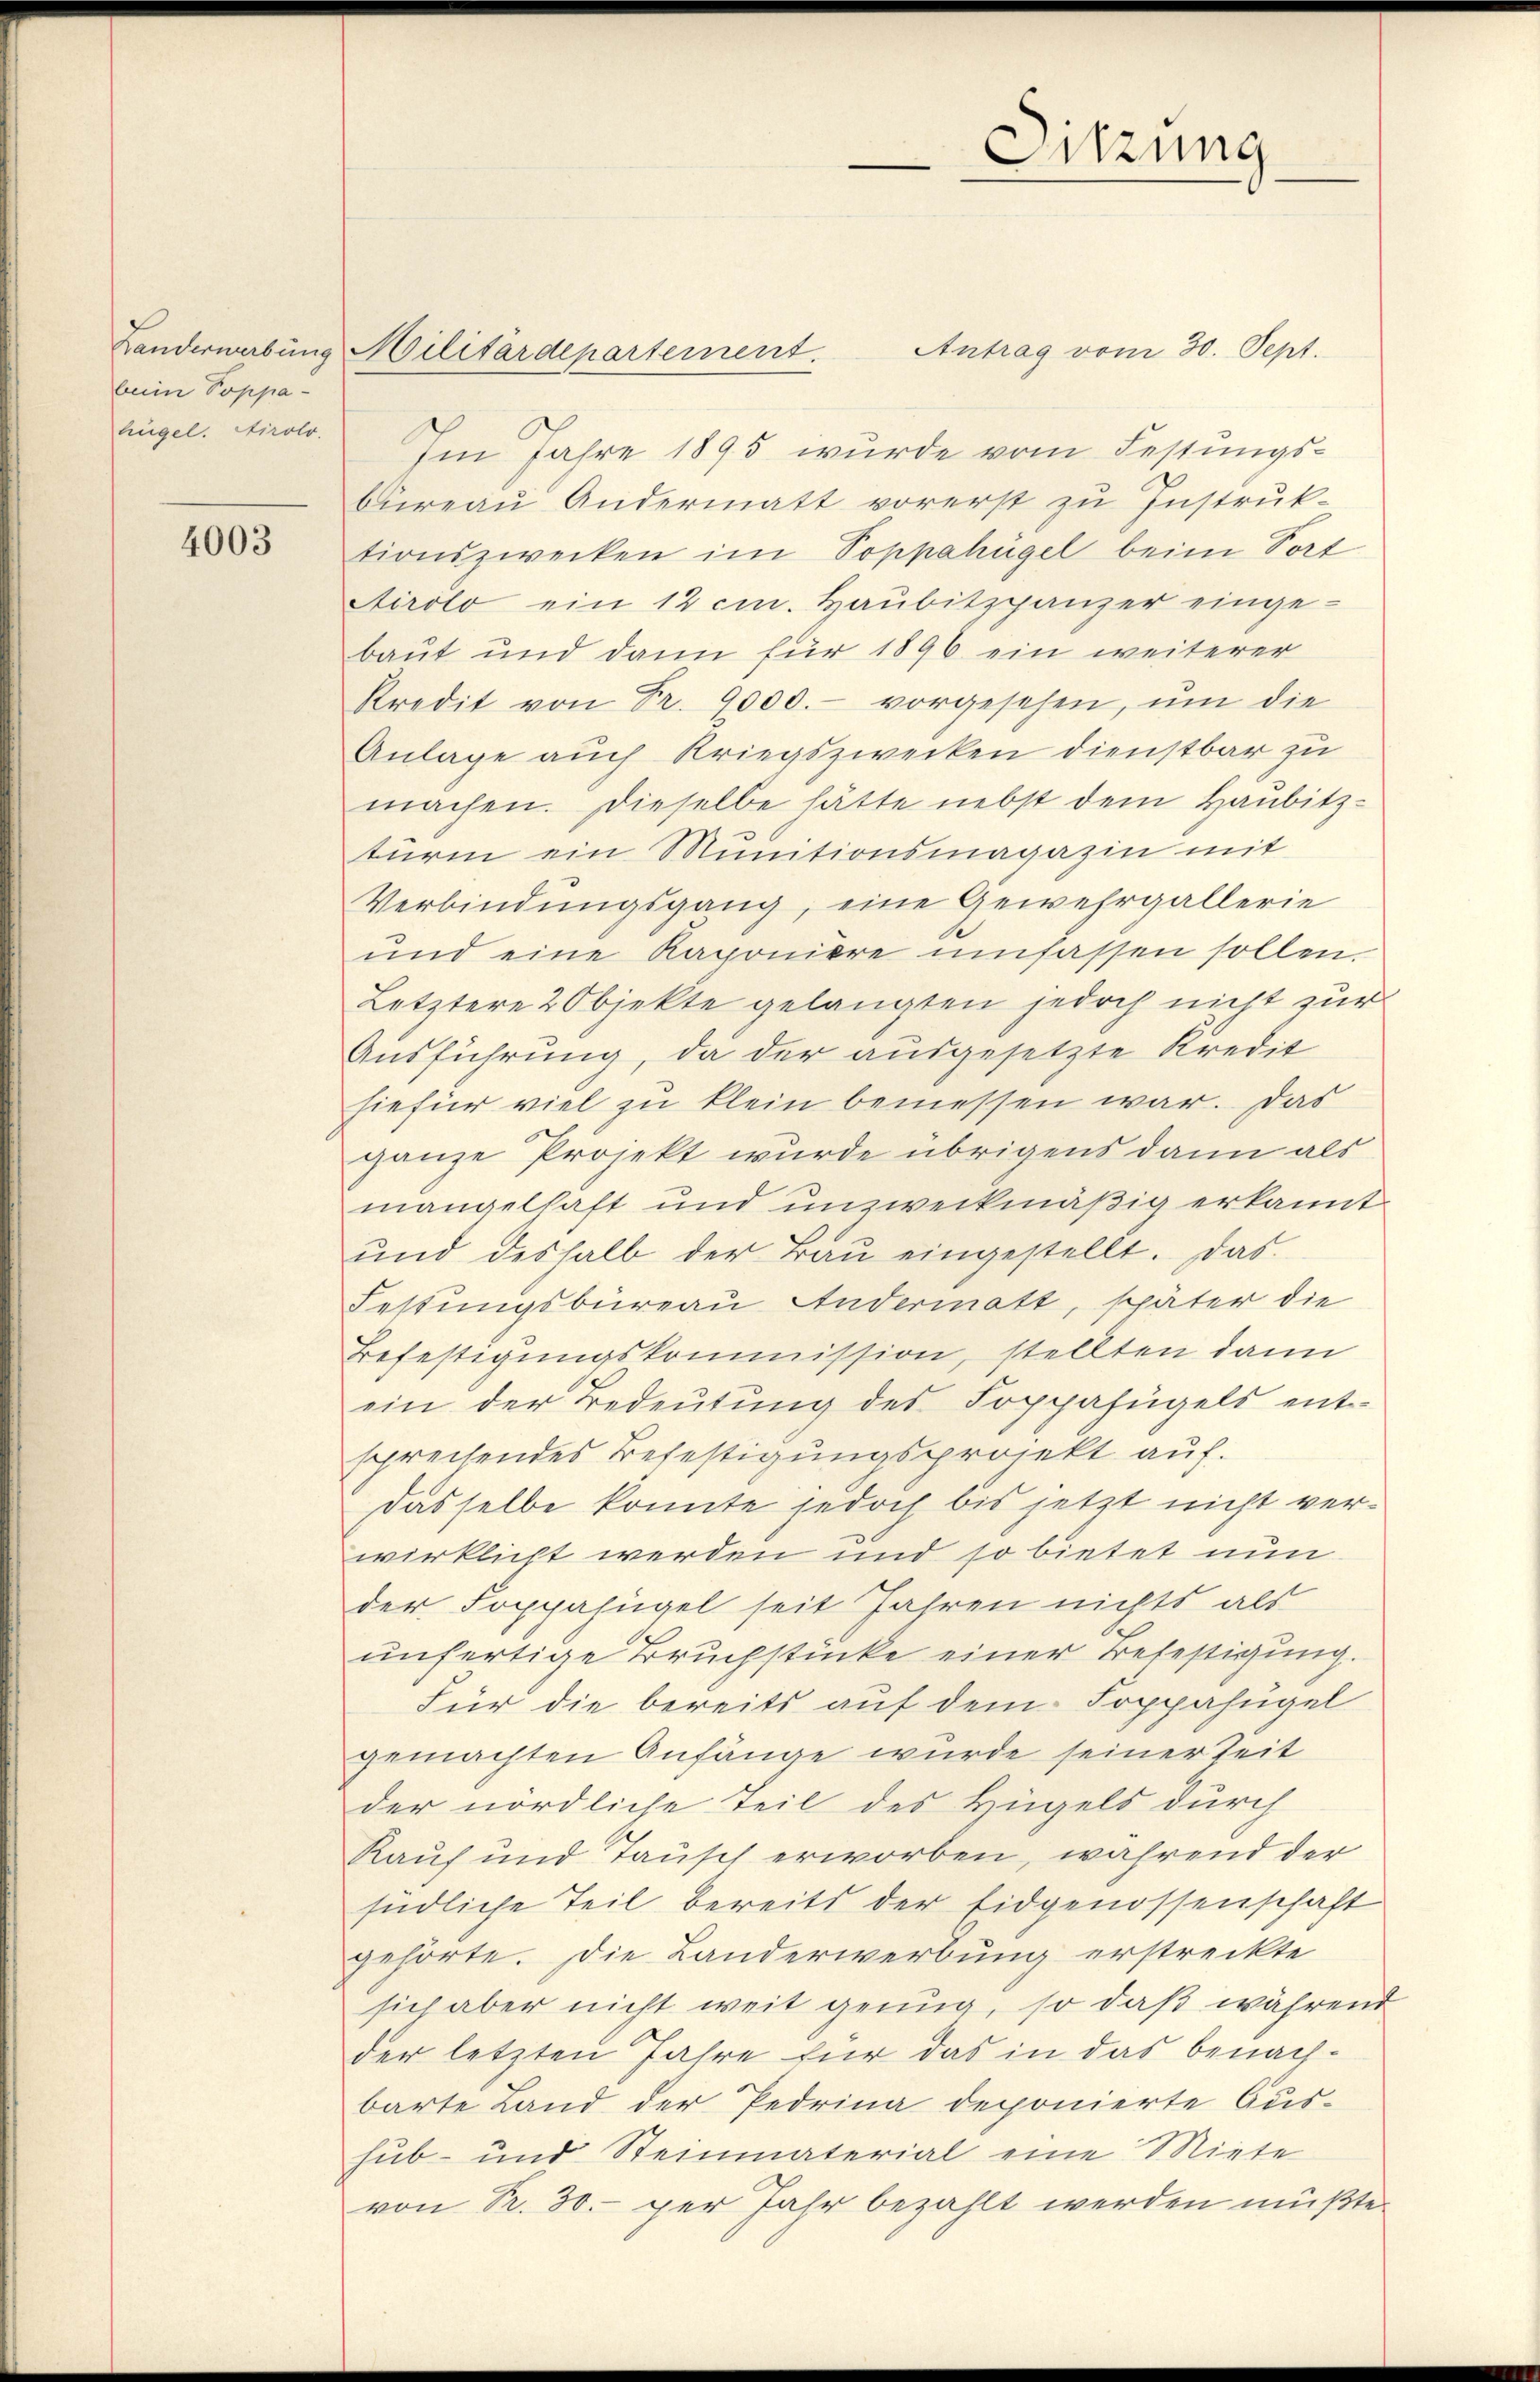
beim Poppa-
lügel. Airolo.

4003

Antrag vom 30. Sept.
Im Jahre 1895 wurde vom Festungsbüreau Andermatt vorerst zu Instruk-
tionszwecken im Poppahügel beim Sort
Airolo ein 12 cm. Haubitzpanzer einge-
baut und dann für 1896 ein weiterer
Kredit von Fr. 9000.- vorgesehen, um die
Anlage auch Kriegszwecken dienstbar zu
machen. Dieselbe hätte nebst dem Haubitzturen ein Munitionsmagazin mit
Verbindungsgang, eine Gewehrgallerie
und eine Kaponiere umfassen sollen.
Letztere 2 Objekte gelangten jedoch nicht zur
Ausführung, da der ausgesetzte Kredit
hiefür viel zu klein bemessen war. Das
ganze Projekt wurde übrigens dann als
mangelhaft und unzweckmäßig erkannt
und deshalb der Baŭ eingestellt. Das
Festungsbüreau Andermatt, später die
Befestigungskommission, stellten dann
ein der Bedeutung des Soppafügels entsprechendes Befestigungsprojekt auf.
Dasselbe konnte jedoch bis jetzt nicht verwirklicht werden und so bietet nun
der Soppahügel seit Jahren nichts als
unfertige Bruchstücke einer Befestigung.
Für die bereits auf dem Soppahügel
gemachten Anfänge wurde seiner Zeit
der nördliche Teil des Hügels durch
Kauf und Tausch erworben, während der
südliche Teil bereits der Eidgenossenschaft
gehörte. Die Landerwerbung erstreckte
sich aber nicht weit genug, so daß während
der letzten Jahre für das in das benachbarte Land der Pedrina deponierte Aushub- und Steinmaterial eine Miete
von Pr. 30. per Jahr bezahlt werden müßte.

Landerwerbung Militärdepartement.

Sitzung